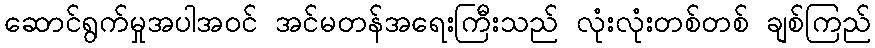
ဆောင်ရွက်မှုအပါအဝင် အင်မတန်အရေးကြီးသည် လုံးလုံးတစ်တစ် ချစ်ကြည်